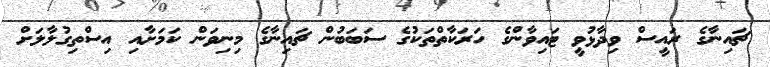
ޗައިނާގެ ރައީސް ވިދާޅުވީ ޓައިވާންގެ ހަރަކާތްތަކުގެ ސަބަބުން ޗައިނާގެ މިނިވަން ކަމަށާއި އިސްތިގުލާލަށް